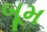
બૂમ